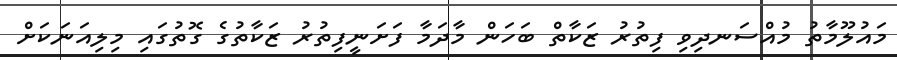
މައުލޫމާތު މުއްސަނދިވި ފިތުރު ޒަކާތް ބަހަން މާދަމާ ފަށަނީފިތުރު ޒަކާތުގެ ގޮތުގައި މިލިއަނަކަށް